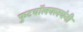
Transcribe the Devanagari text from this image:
फुटबॉलक्लबंनी